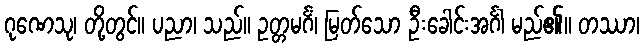
ဂုဏေသု၊ တို့တွင်။ ပညာ၊ သည်။ ဥတ္တမင်္ဂံ၊ မြတ်သော ဦးခေါင်းအင်္ဂါ မည်၏။ တဿာ၊